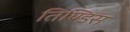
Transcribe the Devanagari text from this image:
तिण्डिस